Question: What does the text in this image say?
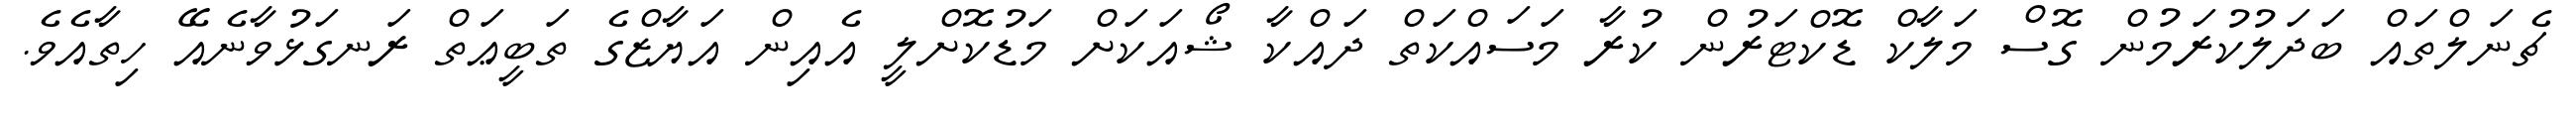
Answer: ޗެނަލްތައް ބަދަލުކުރަމުން ގޮސް މަލާކް ޑޮކްޓަރުން ކުރާ މަސައްކަތް ދައްކާ ޝޯއަކަށް މަޑުކޮށްލީ އެއިން އަޔާޒްގެ ތަބީޢަތް ރަނގަޅުވާނެއޭ ހިތާއެވެ.